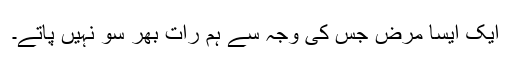
ایک ایسا مرض جس کی وجہ سے ہم رات بھر سو نہیں پاتے۔